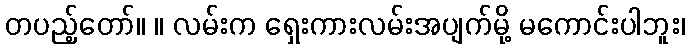
တပည့်တော်။ ။ လမ်းက ရှေးကားလမ်းအပျက်မို့ မကောင်းပါဘူး၊